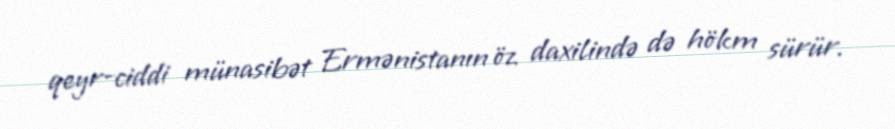
qeyr-ciddi münasibət Ermənistanın öz daxilində də hökm sürür.